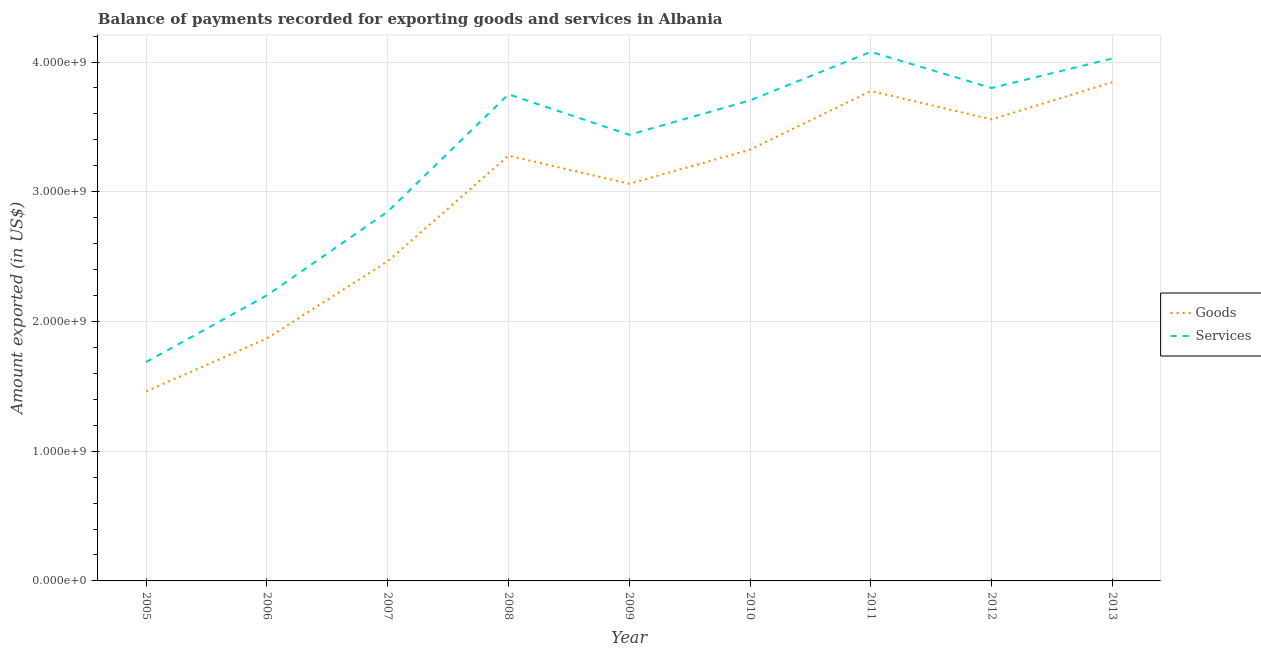
| Year | Goods | Services |
 | --- | --- | --- |
 | 2005 | 1.46e+09 | 1.69e+09 |
 | 2006 | 1.87e+09 | 2.2e+09 |
 | 2007 | 2.46e+09 | 2.85e+09 |
 | 2008 | 3.28e+09 | 3.75e+09 |
 | 2009 | 3.06e+09 | 3.44e+09 |
 | 2010 | 3.32e+09 | 3.7e+09 |
 | 2011 | 3.78e+09 | 4.08e+09 |
 | 2012 | 3.56e+09 | 3.8e+09 |
 | 2013 | 3.84e+09 | 4.03e+09 |